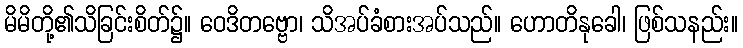
မိမိတို့၏သိခြင်းစိတ်၌။ ဝေဒိတဗ္ဗော၊ သိအပ်ခံစားအပ်သည်။ ဟောတိနုခေါ၊ ဖြစ်သနည်း။